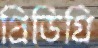
প্রিডিগ্রি